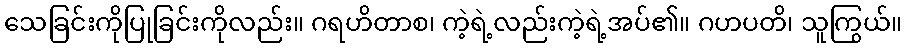
သေခြင်းကိုပြုခြင်းကိုလည်း။ ဂရဟိတာစ၊ ကဲ့ရဲ့လည်းကဲ့ရဲ့အပ်၏။ ဂဟပတိ၊ သူကြွယ်။